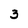
Character: 3